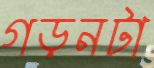
গড়নটা